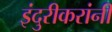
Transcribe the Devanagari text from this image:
इंदुरीकरांनी